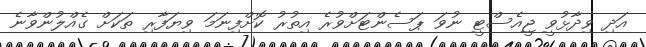
އަދި ވިދާޅުވީ ޖީއެސްޓީ ނުވަ ޕަސެންޓަށްވުރެ އިތުރު ކޮށްފިނަމަ ވިޔަފާރި ތަކަށް ގެއްލުންވާނެ